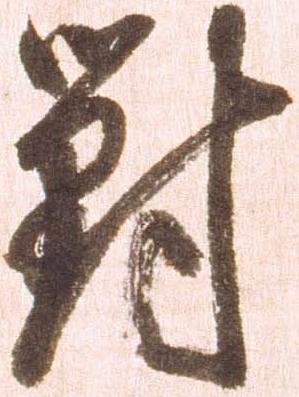
対